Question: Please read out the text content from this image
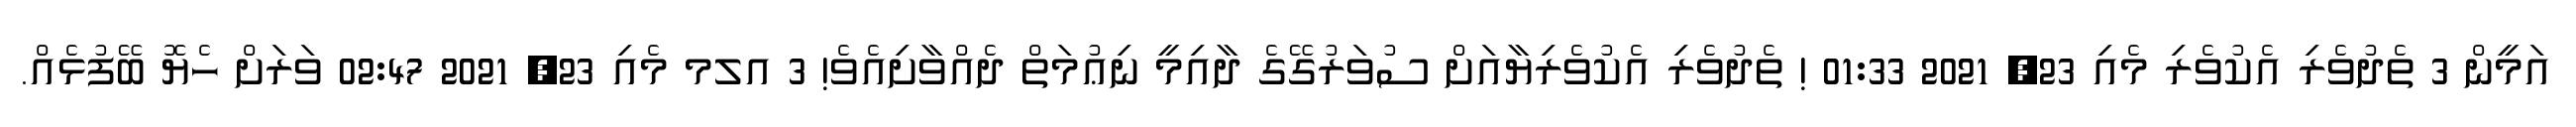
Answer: އަމީން 3 ތެދުވެރި އެކުވެރި މެއި 23, 2021 01:33 ! ތެދުވެރި އެކުވެރިޔާއަށް ސުވަރުގޭގެ ދާއިމީ ނިޢުމަތް ދެއްވާށިއެވެ! 3 އލމ މެއި 23, 2021 02:47 ވަރަށް ހެޔޮ ބޭފުޅެއް.